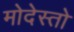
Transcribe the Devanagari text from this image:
मोदेस्तो